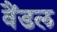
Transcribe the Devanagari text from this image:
वैंडल